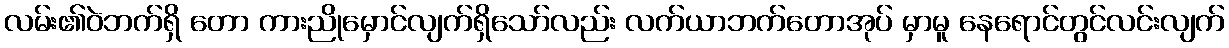
လမ်း၏ဝဲဘက်ရှိ တော ကားညိုမှောင်လျက်ရှိသော်လည်း လက်ယာဘက်တောအုပ် မှာမူ နေရောင်တွင်လင်းလျက်